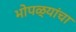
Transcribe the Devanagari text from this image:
भोपळ्यांचा